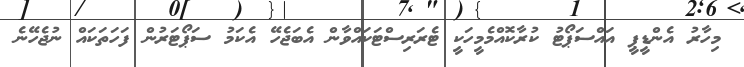
މިހާރު އެންޑީޕީ އައްސަޕޯޓު ކުރާކޮއްމެމީހަކީި ޓެރަރިސްޓަކައްވާން އެބަޖެހޭ އެކަމު ސަޕޯޓަރުން ފަހަތަކައް ނުޖެހޭނެ